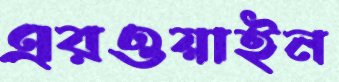
এরওয়াইন